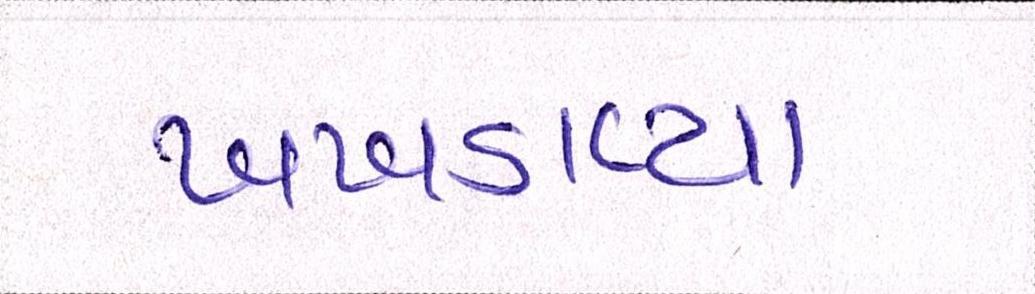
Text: ખખડાવ્યા